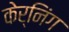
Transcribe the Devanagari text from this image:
केर्निंग